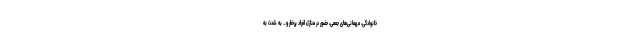
خانوادگی، مهمانی‌های جمعی، حضور در منازل افراد پرخطر و... به شدت به